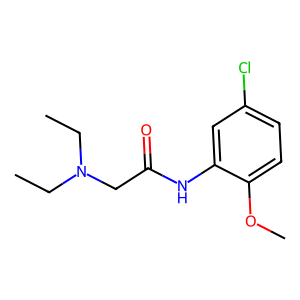
SMILES: CCN(CC)CC(=O)Nc1cc(Cl)ccc1OC
Inhibits HIV replication: No